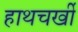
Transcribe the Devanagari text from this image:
हाथचर्खी